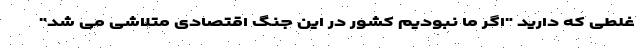
غلطی که دارید "اگر ما نبودیم کشور در این جنگ اقتصادی متلاشی می شد"